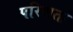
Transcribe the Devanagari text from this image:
परिणता